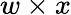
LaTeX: w\times x